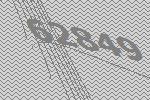
62849